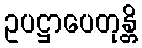
ဥပဋ္ဌာပေတုန္တိ